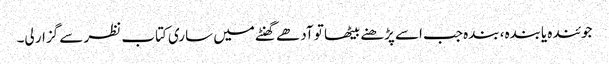
جوئندہ یابندہ، بندہ جب اسے پڑھنے بیٹھا تو آدھے گھنٹے میں ساری کتاب نظر سے گزار لی۔